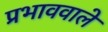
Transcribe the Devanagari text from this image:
प्रभाववाले